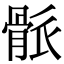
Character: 𩨶